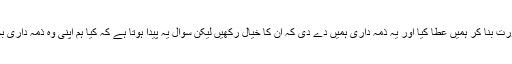
اللہ پاک نے ان رشتوں کو خوبصورت بنا کر ہمیں عطا کیا اور یہ ذمہ داری ہمیں دے دی کہ ان کا خیال رکھیں لیکن سوال یہ پیدا ہوتا ہے کہ کیا ہم اپنی وہ ذمہ داری بخوبی انجام دے رہے ہیں یا نہیں ؟